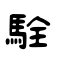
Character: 駩